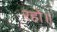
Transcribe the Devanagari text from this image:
रहो॥